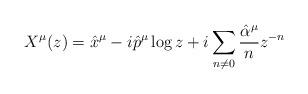
LaTeX: \begin{align*}X^{\mu}(z)=\hat{x}^{\mu}-i\hat{p}^{\mu}\log z+i\sum_{n\neq0}\frac{\hat{\alpha}^{\mu}}{n}z^{-n}\end{align*}